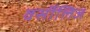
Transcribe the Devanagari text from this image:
वर्सीलिज